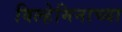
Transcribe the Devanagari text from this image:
विल्हेमिनाच्या